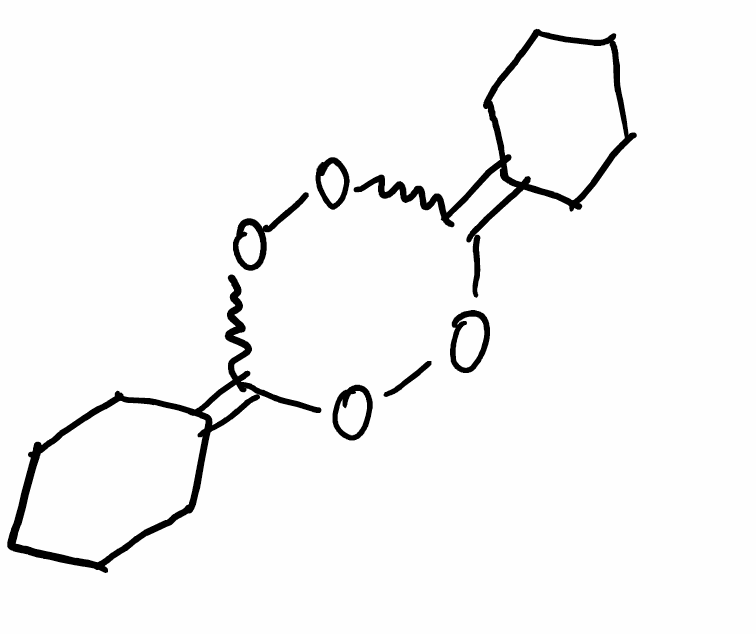
Simplified molecular-input line-entry system (SMILES) notation of the given molecule:
C1CCC(=C2OOC(=C3CCCCC3)OO2)CC1